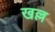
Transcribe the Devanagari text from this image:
खल्ल